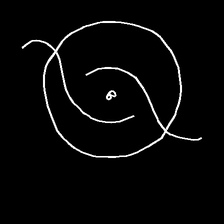
Glyph: repetition